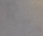
Text: RIn